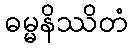
ဓမ္မနိဿိတံ